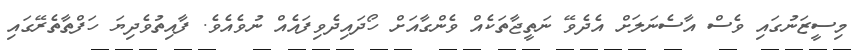
މިސީޒަނުގައި ވެސް އާސެނަލަށް އެދެވޭ ނަތީޖާތަކެއް ވެންގާއަށް ހޯދައިދެވިފައެއް ނުވެއެވެ. ފާއިތުވެދިޔަ ހަފްތާތެރޭގައި